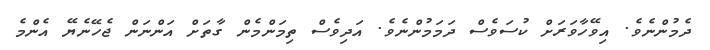
ދެމުންނެވެ. އިވޭހާވަރަށް ކުސަވެސް ދަމަމުންނެވެ. އަދިވެސް ތިމަންމެން ގާތަަށް އަންނަން ޖެހޭނެޔޭ އެންމެ